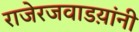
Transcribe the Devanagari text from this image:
राजेरजवाडय़ांनी